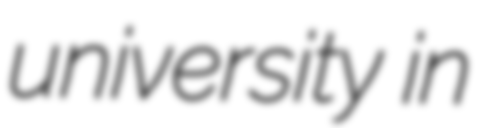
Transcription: university in